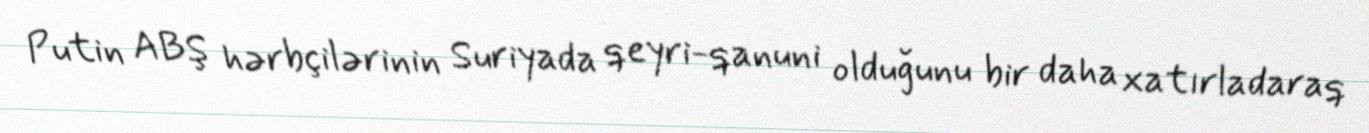
Putin ABŞ hərbçilərinin Suriyada qeyri-qanuni olduğunu bir daha xatırladaraq